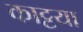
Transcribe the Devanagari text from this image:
काट्टया